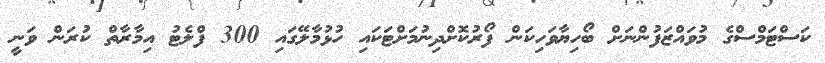
ކަސްޓަމްސްގެ މުވައްޒަފުންނަށް ބޯހިޔާވަހިކަން ފޯރުކޮށްދިނުމަށްޓަކައި ހުޅުމާލޭގައި 300 ފްލެޓު އިމާރާތް ކުރަން ވަނީ